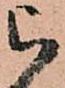
被